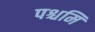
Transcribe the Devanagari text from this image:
पश्चमि